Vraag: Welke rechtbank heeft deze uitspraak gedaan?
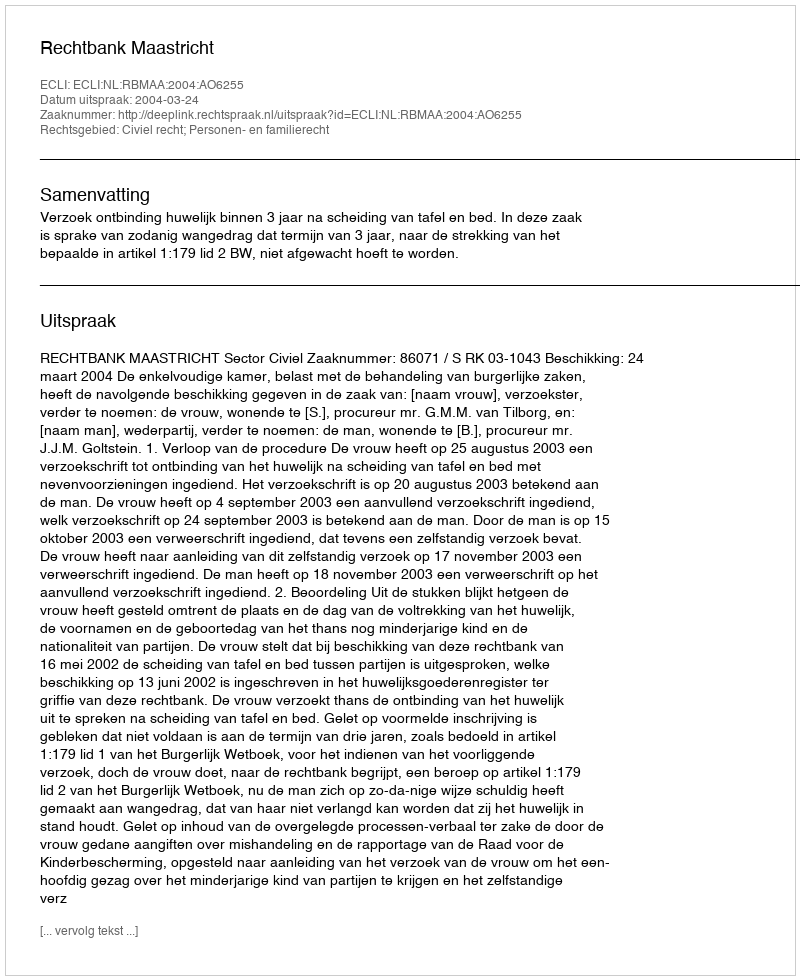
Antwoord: Rechtbank Maastricht